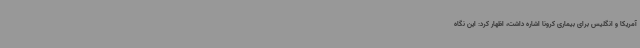
آمریکا و انگلیس برای بیماری کرونا اشاره داشت، اظهار کرد: این نگاه